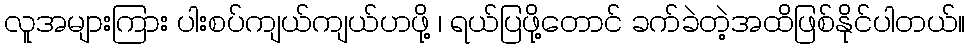
လူအများကြား ပါးစပ်ကျယ်ကျယ်ဟဖို့ ၊ ရယ်ပြဖို့တောင် ခက်ခဲတဲ့အထိဖြစ်နိုင်ပါတယ်။